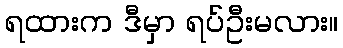
ရထားက ဒီမှာ ရပ်ဦးမလား။